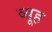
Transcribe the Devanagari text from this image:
व्‍यूह